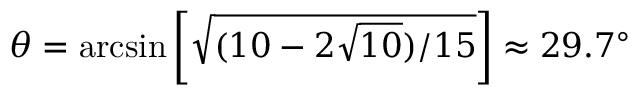
\theta = \arcsin \left[ \sqrt { ( 1 0 - 2 \sqrt { 1 0 } ) / 1 5 } \right] \approx 2 9 . 7 ^ { \circ }